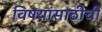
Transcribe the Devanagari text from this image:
विषयांसाठीची